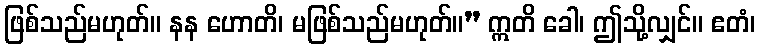
ဖြစ်သည်မဟုတ်။ နန ဟောတိ၊ မဖြစ်သည်မဟုတ်။” ဣတိ ခေါ၊ ဤသို့လျှင်။ ဧတံ၊